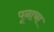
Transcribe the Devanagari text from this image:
पूनाचा